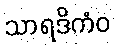
သာရဒိကံဝ